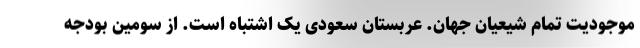
موجودیت تمام شیعیان جهان. عربستان سعودی یک اشتباه است. از سومین بودجه